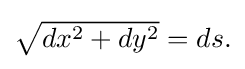
{\textstyle {\sqrt {dx^{2}+dy^{2}}}=ds.}